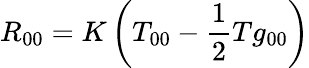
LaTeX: R_{00}=K\left(T_{00}-{\frac{1}{2}}Tg_{00}\right)